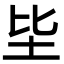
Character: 坒